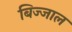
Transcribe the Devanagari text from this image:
बिज्जाल